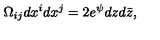
\Omega _ { i j } d x ^ { i } d x ^ { j } = 2 e ^ { \psi } d z d \bar { z } ,